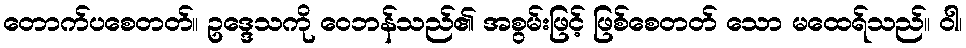
တောက်ပစေတတ်။ ဥဒ္ဒေသကို ဝေဘန်သည်၏ အစွမ်းဖြင့် ဖြစ်စေတတ် သော မထေရ်သည်။ ဝါ၊